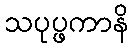
သပုပ္ဖကာနိ